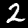
Digit: 2